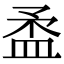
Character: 𥁪